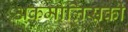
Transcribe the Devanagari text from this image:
अकमोलिंसकी